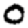
Digit: 0